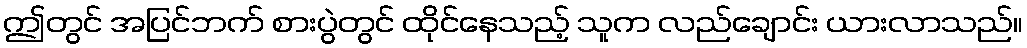
ဤတွင် အပြင်ဘက် စားပွဲတွင် ထိုင်နေသည့် သူက လည်ချောင်း ယားလာသည်။